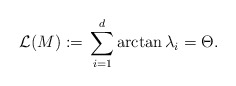
\begin{align*}\mathcal{L}(M) := \,\sum_{i=1}^d\arctan \lambda_i = \Theta.\end{align*}